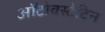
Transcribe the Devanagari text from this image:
ऑटोवस्टेटिन